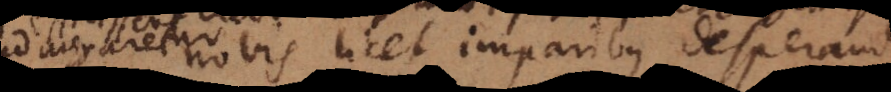
ideo tamen nobis licet imparibus desperandum